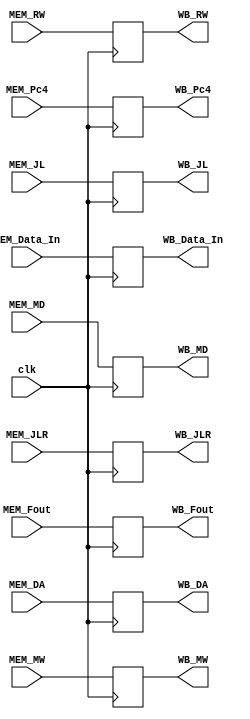
module MEM_WB(
    input clk,
    input [31:0] MEM_Fout,
    input [31:0] MEM_Data_In,
    input [31:0] MEM_Pc4,
    input [4:0] MEM_DA,
    input MEM_RW, MEM_MW, MEM_MD, 
    input MEM_JL, MEM_JLR,
    
    output reg [31:0] WB_Fout,
    output reg [31:0] WB_Data_In,
    output reg [31:0] WB_Pc4,
    output reg [4:0] WB_DA,
    output reg WB_RW, WB_MW, WB_MD, 
    output reg WB_JL, WB_JLR
    );
     
    always @(posedge clk)
    begin
        WB_Fout <= MEM_Fout;
        WB_Data_In <= MEM_Data_In;
        WB_Pc4 <= MEM_Pc4;
        WB_DA <= MEM_DA;
        
        WB_RW <= MEM_RW;
        WB_MW <= MEM_MW;
        WB_MD <= MEM_MD; 
        
        WB_JL <= MEM_JL;
        WB_JLR <= MEM_JLR;
    end
     
endmodule